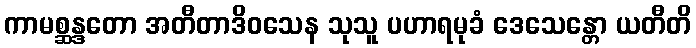
ကာမစ္ဆန္ဒတော အတီတာဒိဝသေန သုသူ ပဟာရမုခံ ဒေသေန္တော ယတီတိ